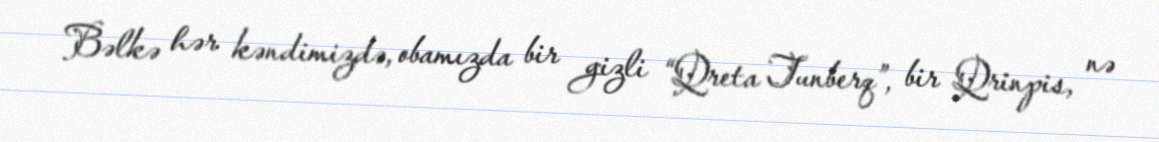
Bəlkə hər kəndimizdə, obamızda bir gizli “Qreta Tunberq”, bir Qrinpis, nə